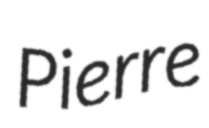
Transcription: Pierre